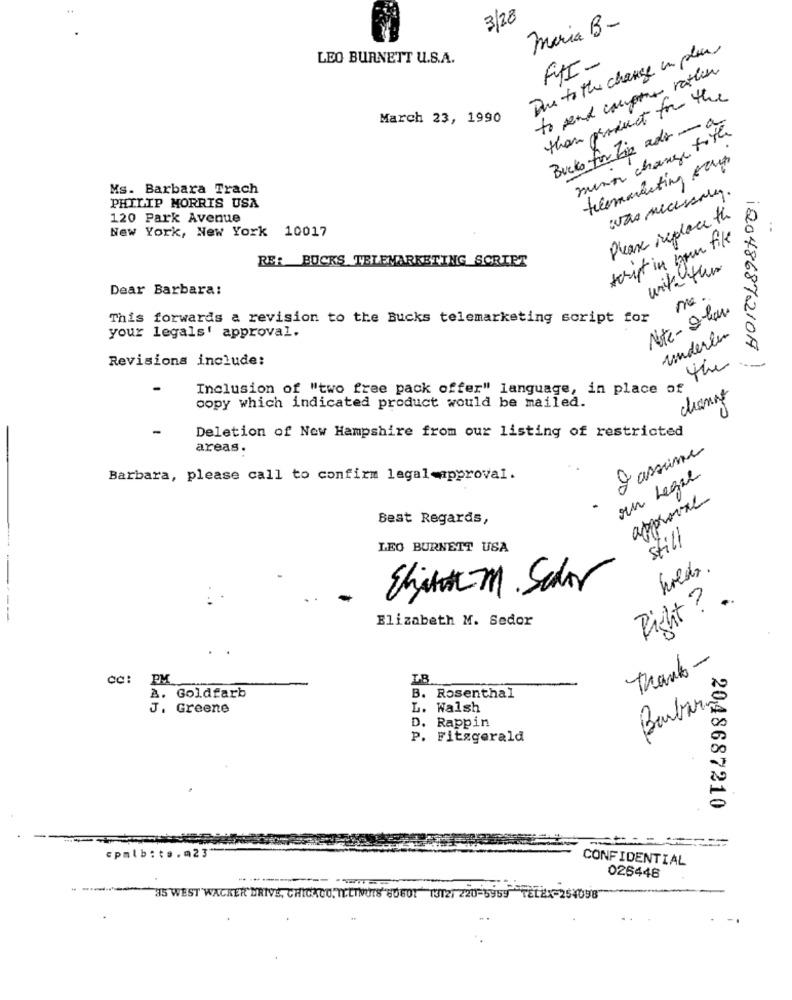
3/28
Maria B-
Due to the change in places
LEO BURNETT U.S.A.
FFI-
to send compte rathen
than product for the
March 23, 1990
Bucks for Zip adr -
minor changes tothe
telemarketing faut
Ms. Barbara Trach
was necessary.
PHILIP MORRIS USA
120 Park Avenue
Please replace the
New York, New York 10017
script in bon file
RE: BUCKS TELEMARKETING SCRIPT
with the
Dear Barbara:
me
2 .
Nite- 2-lau
This forwards a revision to the Bucks telemarketing script for
your legals' approval.
underler
1204868721019
Revisions include:
Inclusion of "two free pack offer" language, in place to
copy which indicated product would be mailed.
-
Deletion of New Hampshire from our listing of restricted
areas.
2 assume
Barbara, please call to confirm legal-approval.
un Legal
approval
Best Regards,
still
LEO BURNETT USA
hoeds .
Shit-m. Schir
Right ? .
----
Elizabeth M. Sedor
Thank -
CC: PM
A. Goldfarb
B. Rosenthal
J. Greene
L. Walsh
Barbar.
D. Rappin
P. Fitzgerald
2048687210
cpmlb:ts.023
CONFIDENTIAL
026446
35 WEST WACKER DRIVE, CHICCO, TELTNUTS"80601" (3121 220-5959 TELEX-254098